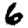
Digit: 6